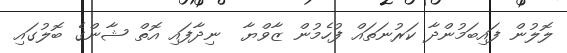
ލޮލުން ފައިބަމުންދާ ކަރުނަތައް ފުހެމުން ޒާވްޔާ  ނިދާފައި އޮތް ޝާންގެ ބޮލުގައި